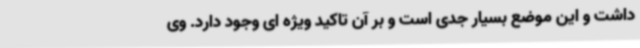
داشت و این موضع بسیار جدی است و بر آن تاکید ویژه ای وجود دارد. وی